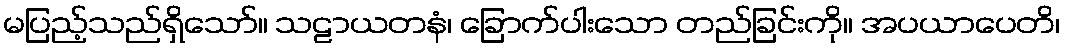
မပြည့်သည်ရှိသော်။ သဠာယတနံ၊ ခြောက်ပါးသော တည်ခြင်းကို။ အပယာပေတိ၊